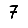
Digit: 7